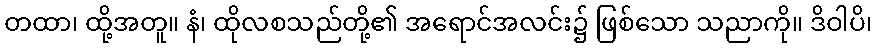
တထာ၊ ထို့အတူ။ နံ၊ ထိုလစသည်တို့၏ အရောင်အလင်း၌ ဖြစ်သော သညာကို။ ဒိဝါပိ၊